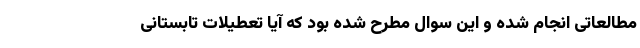
مطالعاتی انجام شده و این سوال مطرح شده بود که آیا تعطیلات تابستانی